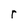
Character: r